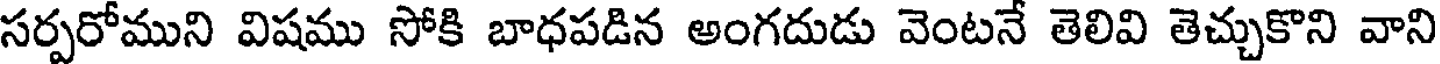
సర్పరోముని విషము సోకి బాధపడిన అంగదుడు వెంటనే తెలివి తెచ్చుకొని వాని